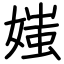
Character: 媸